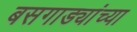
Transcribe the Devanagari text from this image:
बसगाड्यांच्या